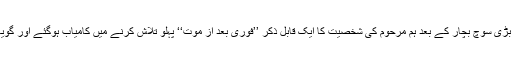
بالآخر بڑی سوچ بچار کے بعد ہم مرحوم کی شخصیت کا ایک قابل ذکر ’’فوری بعد از موت‘‘ پہلو تلاش کرنے میں کامیاب ہوگئے اور گویا ہوئے۔